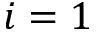
i = 1